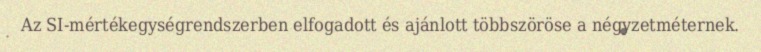
Az SI-mértékegységrendszerben elfogadott és ajánlott többszöröse a négyzetméternek.